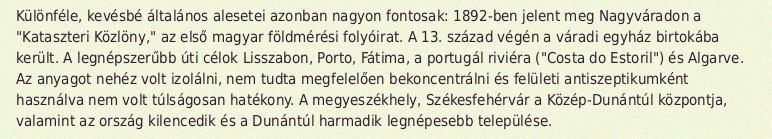
Különféle, kevésbé általános alesetei azonban nagyon fontosak: 1892-ben jelent meg Nagyváradon a "Kataszteri Közlöny," az első magyar földmérési folyóirat. A 13. század végén a váradi egyház birtokába került. A legnépszerűbb úti célok Lisszabon, Porto, Fátima, a portugál riviéra ("Costa do Estoril") és Algarve. Az anyagot nehéz volt izolálni, nem tudta megfelelően bekoncentrálni és felületi antiszeptikumként használva nem volt túlságosan hatékony. A megyeszékhely, Székesfehérvár a Közép-Dunántúl központja, valamint az ország kilencedik és a Dunántúl harmadik legnépesebb települése.